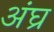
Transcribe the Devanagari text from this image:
अंघ्र